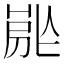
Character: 𡲡